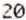
20